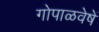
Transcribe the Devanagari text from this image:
गोपाळवेषें